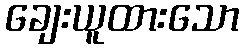
ချေးယူထားသော